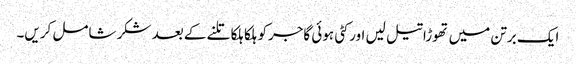
ایک برتن میں تھوڑا تیل لیں اور کٹی ہوئی گاجرکو ہلکا ہلکا تلنے کے بعد شکر شامل کریں۔